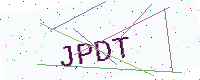
Text: JPDT